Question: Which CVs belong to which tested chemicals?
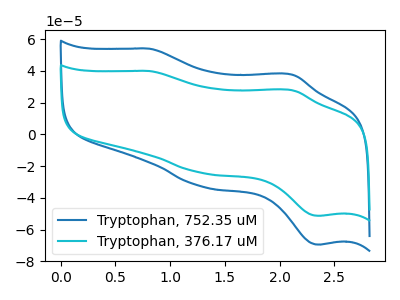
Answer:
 <answer>The blue curve is labeled "Tryptophan, 752.35 uM". The cyan curve is labeled "Tryptophan, 376.17 uM".</answer>
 <eval></eval>